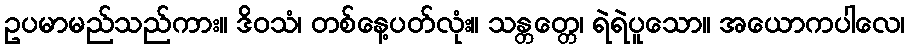
ဥပမာမည်သည်ကား။ ဒိဝသံ၊ တစ်နေ့ပတ်လုံး။ သန္တတ္တေ၊ ရဲရဲပူသော။ အယောကပါလေ၊